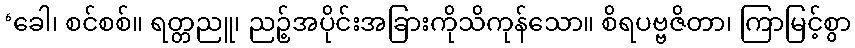
‘ခေါ၊ စင်စစ်။ ရတ္တညူ၊ ညဉ့်အပိုင်းအခြားကိုသိကုန်သော။ စိရပဗ္ဗဇိတာ၊ ကြာမြင့်စွာ